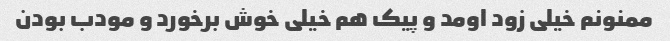
ممنونم خیلی زود اومد و پیک هم خیلی خوش برخورد و مودب بودن